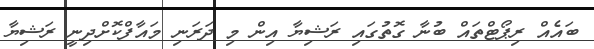
ބައެއް ރިޕޯޓްތައް ބުނާ ގޮތުގައި ރަޝިޔާ އިން މި ދަރަނި މައާފްކޮށްދިނީ ރަޝިޔާ